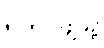
ရဲတပ်ဖွဲ့သို့